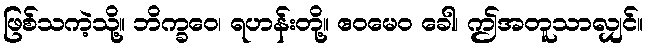
ဖြစ်သကဲ့သို့။ ဘိက္ခဝေ၊ ရဟန်းတို့။ ဧဝမေဝ ခေါ၊ ဤအတူသာလျှင်။